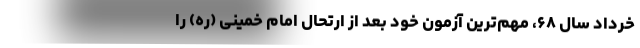
خرداد سال ۶۸، مهم‌ترین آزمون خود بعد از ارتحال امام خمینی (ره) را